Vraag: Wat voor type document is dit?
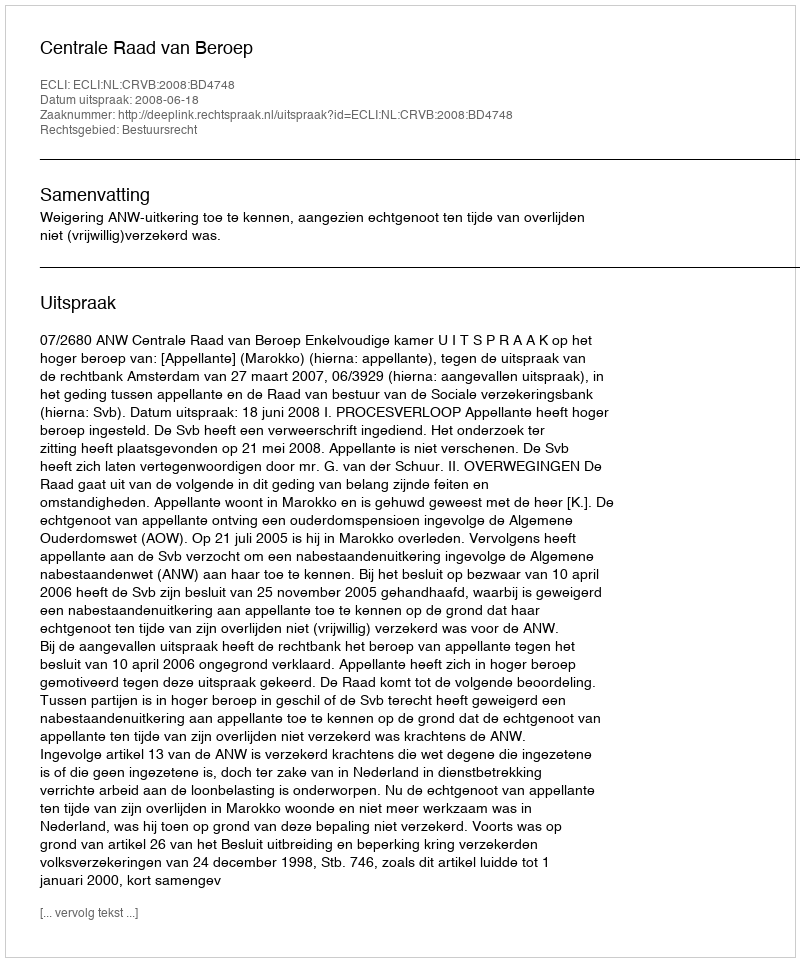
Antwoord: Uitspraak